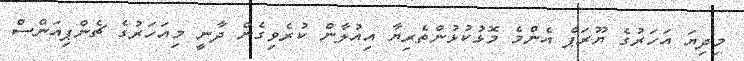
މިދިޔަ އަހަރުގެ ޔޫރަޕް އެންމެ މޮޅުކުޅުންތެރިޔާ އިއުލާން ކުރެވިގެން ދާނީ މިއަހަރުގެ ޗެންޕިއަންސް